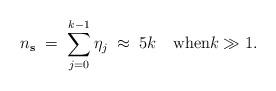
LaTeX: \begin{align*}n_{\mathbf{s}} \;=\; \sum_{j=0}^{k-1} \eta_j \;\approx\; 5k \quad\mbox{when}k\gg 1.\end{align*}